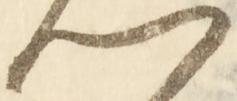
門